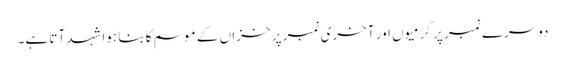
دوسرے نمبر پر گرمیوں اور آخری نمبر پر خزاں کے موسم کا بنا ہوا شہد آتا ہے۔